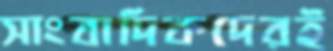
সাংবাদিকদেরই